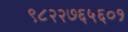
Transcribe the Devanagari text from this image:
९८२२७६५६०१